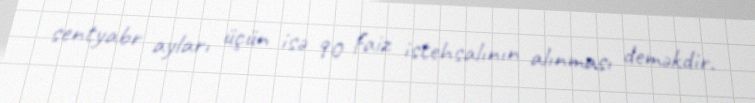
sentyabr ayları üçün isə 90 faiz istehsalının alınması deməkdir.